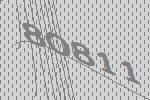
80811